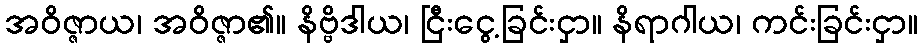
အဝိဇ္ဇာယ၊ အဝိဇ္ဇာ၏။ နိဗ္ဗိဒါယ၊ ငြီးငွေ့ခြင်းငှာ။ နိရာဂါယ၊ ကင်းခြင်းငှာ။